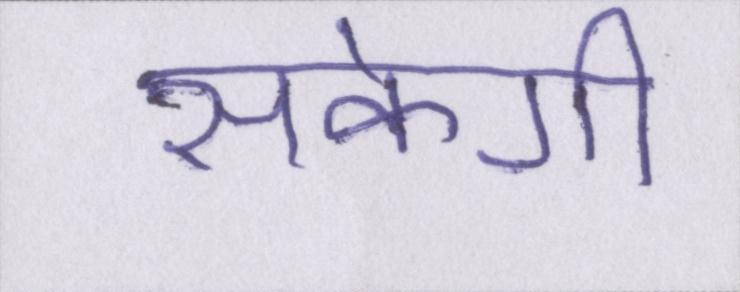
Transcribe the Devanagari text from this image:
सकेगी